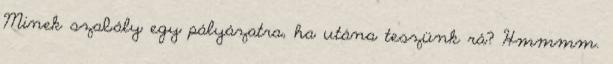
Minek szabály egy pályázatra, ha utána teszünk rá? Hmmmm.